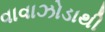
વાવાઝોડાથી